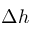
\Delta h